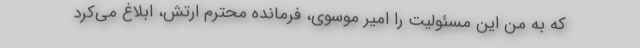
که به من این مسئولیت را امیر موسوی، فرمانده محترم ارتش، ابلاغ می‌کرد